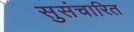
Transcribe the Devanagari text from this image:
सुसंचारित